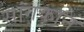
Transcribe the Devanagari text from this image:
सांगकान